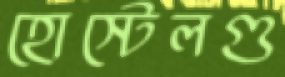
হোস্টেলগু